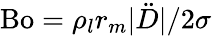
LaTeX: \mathrm{Bo}=\rho_{l}r_{m}\vert\ddot{D}\vert/2\sigma